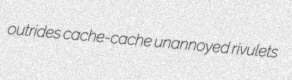
outrides cache-cache unannoyed rivulets